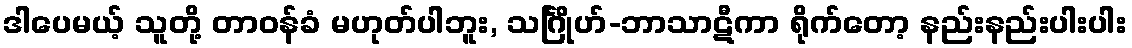
ဒါပေမယ့် သူတို့ တာဝန်ခံ မဟုတ်ပါဘူး, သင်္ဂြိုဟ်-ဘာသာဋီကာ ရိုက်တော့ နည်းနည်းပါးပါး